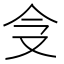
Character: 𠇀